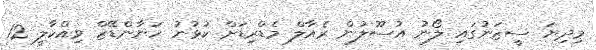
މިދިޔަ ސީޒަނުގައި ލޯނު އުސޫލުން ރެއާލް މެޑްރިޑަށް ކުޅުނު ހަނާންޑޭޒް ވިއްކާލީ 12